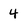
Character: 4